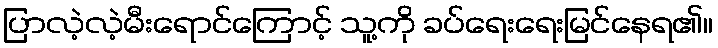
ပြာလဲ့လဲ့မီးရောင်ကြောင့် သူ့ကို ခပ်ရေးရေးမြင်နေရ၏။